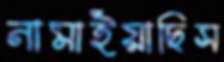
নামাইয়াছিস